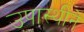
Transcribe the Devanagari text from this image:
उपास्थीने